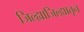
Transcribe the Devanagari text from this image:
जिल्ह्याजिल्ह्यातून